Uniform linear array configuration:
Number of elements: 48
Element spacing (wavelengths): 0.25
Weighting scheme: kaiser
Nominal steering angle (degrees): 30
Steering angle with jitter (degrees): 28.008
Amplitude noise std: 0.05
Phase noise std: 0.05

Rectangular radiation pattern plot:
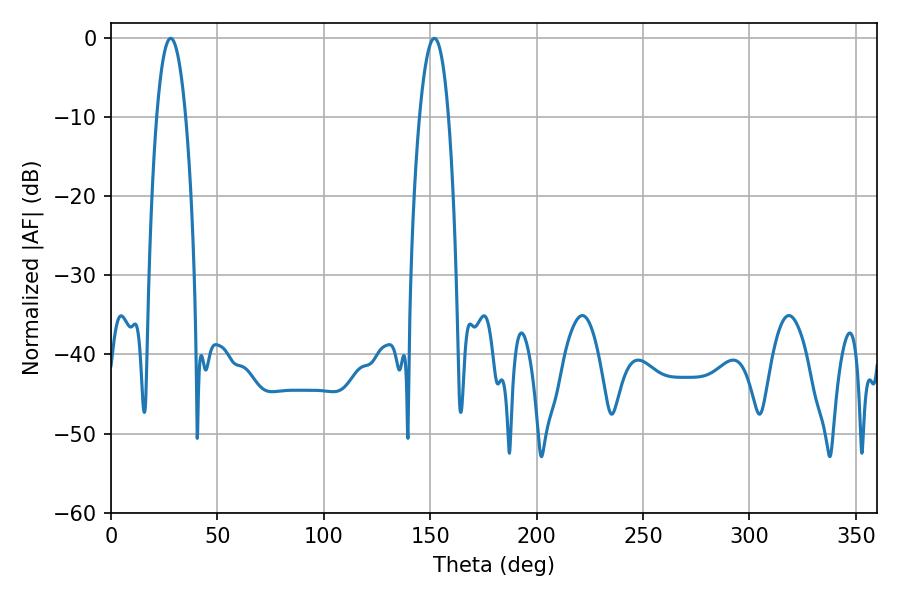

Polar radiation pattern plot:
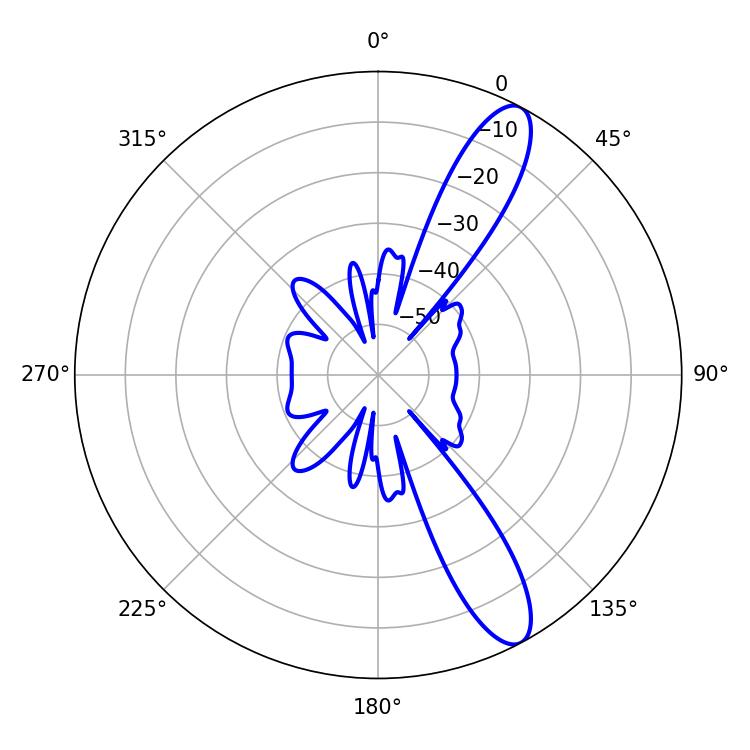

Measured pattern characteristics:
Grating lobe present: FALSE
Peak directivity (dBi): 11.766
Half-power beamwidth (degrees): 7.56
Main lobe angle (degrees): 151.92